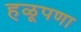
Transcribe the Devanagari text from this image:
हळूपणा